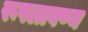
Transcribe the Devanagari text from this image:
रूपलावण्य